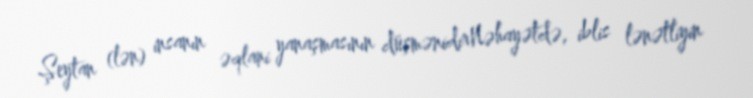
Şeytan (lən) insanın əqlani yanaşmasının düşmənidirNəhayətdə, iblis lənətliyin